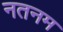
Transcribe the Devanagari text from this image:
नतनम